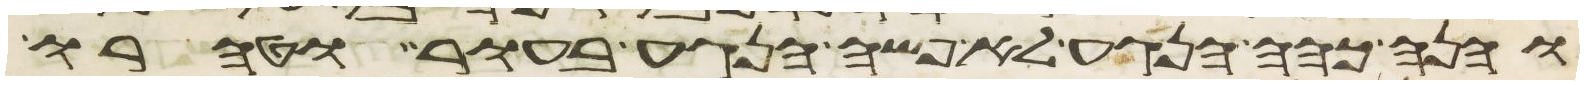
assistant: והנה כהה הנגע לא פשה הנגע בעור וטהרו